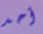
أحد